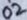
Text: 02